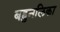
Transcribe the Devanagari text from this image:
बहुनलिका